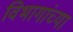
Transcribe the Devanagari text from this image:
विभागांच्‍या